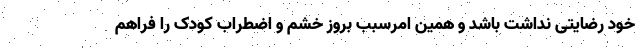
خود رضایتی نداشت باشد و همین امرسبب بروز خشم و اضطراب کودک را فراهم